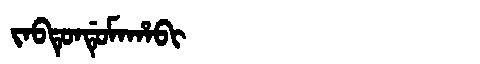
Manchu: ᠵᠠᠪᡨᡠᠨᡩᡠᠮᠠᡥᠠᠪᡳ
Romanization: JABTUNDUMAHABI